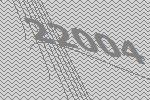
22004